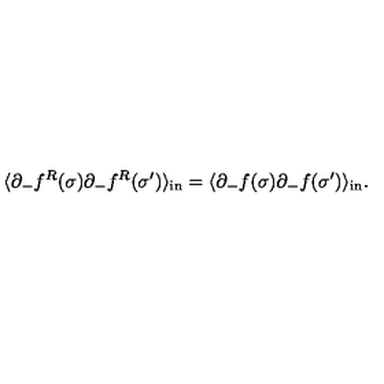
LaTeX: \langle \partial _ { - } f ^ { R } ( \sigma ) \partial _ { - } f ^ { R } ( \sigma ^ { \prime } ) \rangle _ { \mathrm { { i n } } } = \langle \partial _ { - } f ( \sigma ) \partial _ { - } f ( \sigma ^ { \prime } ) \rangle _ { \mathrm { i n } } .